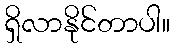
ရှိလာနိုင်တာပါ။